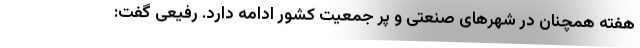
هفته همچنان در شهر‌های صنعتی و پر جمعیت کشور ادامه دارد. رفیعی گفت: